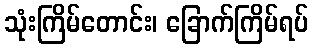
သုံးကြိမ်တောင်း၊ ခြောက်ကြိမ်ရပ်